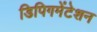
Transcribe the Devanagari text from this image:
डिपिगमेंटेशन